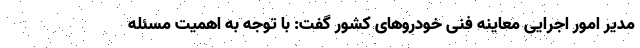
مدیر امور اجرایی معاینه فنی خودروهای کشور گفت: با توجه به اهمیت مسئله